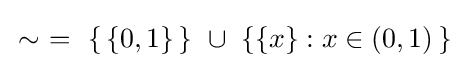
\,\sim ~=~\{\,\{0,1\}\,\}~\cup ~\left\{\{x\}:x\in (0,1)\,\right\}